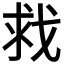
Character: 𫻲